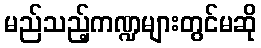
မည်သည့်ကဏ္ဍများတွင်မဆို